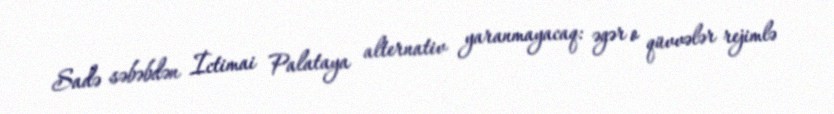
Sadə səbəbdən İctimai Palataya alternativ yaranmayacaq: əgər o qüvvələr rejimlə